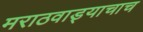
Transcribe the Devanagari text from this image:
मराठवाड्याचाच